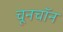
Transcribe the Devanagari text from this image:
चूनचॉन